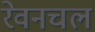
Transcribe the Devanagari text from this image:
रेवनचल